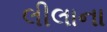
લીલાના